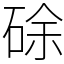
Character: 硢